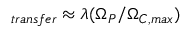
_ { t r a n s f e r } \approx \lambda ( \Omega _ { P } / \Omega _ { C , m a x } )